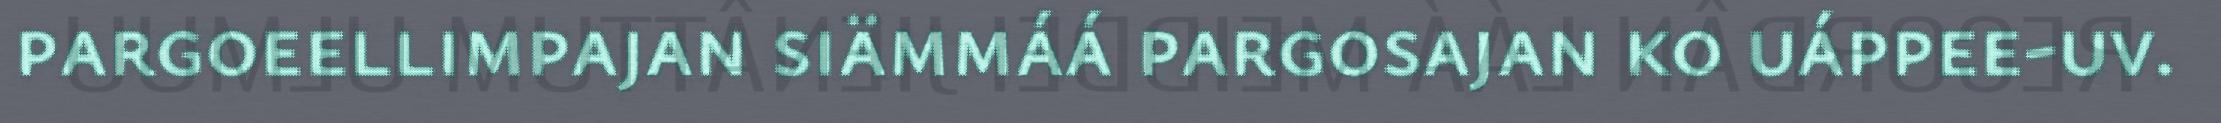
pargoeellimpajan siämmáá pargosajan ko uáppee-uv.